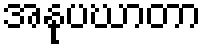
အနုပဃာတာ